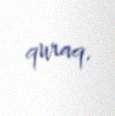
quraq.